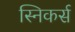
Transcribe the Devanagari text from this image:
स्निकर्स